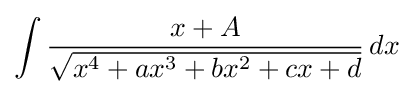
\int {\frac {x+A}{\sqrt {x^{4}+ax^{3}+bx^{2}+cx+d}}}\,dx